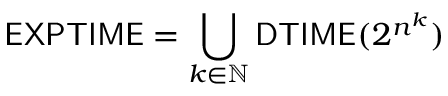
{ \mathsf { E X P T I M E } } = \bigcup _ { k \in \mathbb { N } } { \mathsf { D T I M E } } ( 2 ^ { n ^ { k } } )